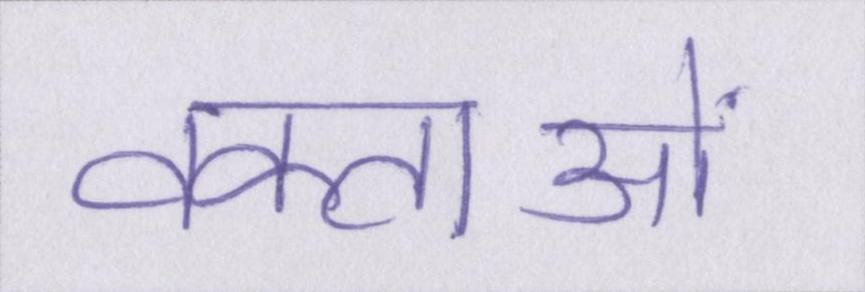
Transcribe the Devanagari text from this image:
वक्ताओं